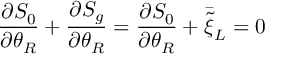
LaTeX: \frac { \partial S _ { 0 } } { \partial \theta _ { R } } + \frac { \partial S _ { g } } { \partial \theta _ { R } } = \frac { \partial S _ { 0 } } { \partial \theta _ { R } } + \bar { \tilde { \xi } } _ { L } = 0